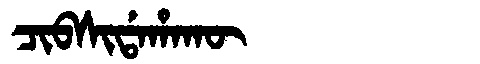
Manchu: ᠴᡳᠪᠰᡳᡩᠠᡥᠠᡴᡡ
Romanization: CIBSIDAHAKŪ